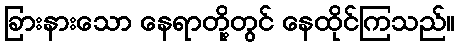
ခြားနားသော နေရာတို့တွင် နေထိုင်ကြသည်။